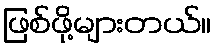
ဖြစ်ဖို့များတယ်။